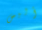
أليس